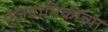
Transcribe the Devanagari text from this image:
पुंजयामिकीच्या